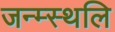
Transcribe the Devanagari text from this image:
जन्म्स्थलि